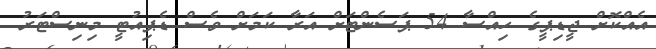
އެއްކޮށް ޖީޑިޕީގެ ހިއްސާ 54 ޕަސެންޓަށް އަރާ ކަމަށް ވެސް ޑެޕިއުޓީ މިނިސްޓަރު